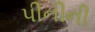
પીનીની